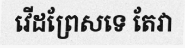
វើដព្រែសទេ តែវា